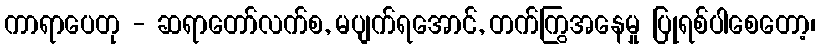
ကာရာပေတု - ဆရာတော်လက်စ, မပျက်ရအောင်, တက်ကြွအနေမှု ပြုရစ်ပါစေတော့၊